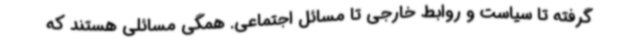
گرفته تا سیاست و روابط خارجی تا مسائل اجتماعی. همگی مسائلی هستند که